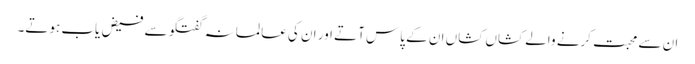
ان سے محبت کرنے والے کشاں کشاں ان کے پاس آتے اور ان کی عالمانہ گفتگو سے فیض یاب ہوتے۔